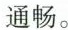
通畅。